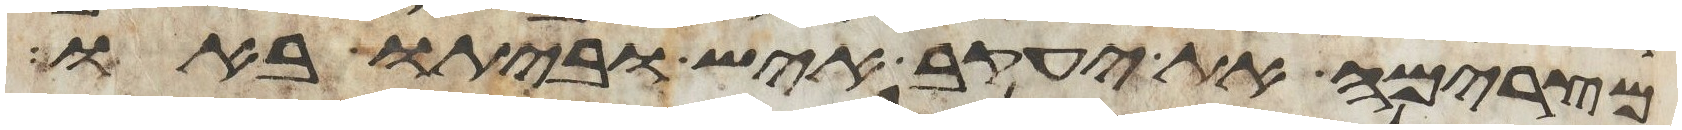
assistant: מצרימה את יעקב איש וביתו באו